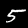
Label: 5